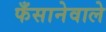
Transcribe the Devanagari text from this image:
फँसानेवाले